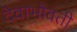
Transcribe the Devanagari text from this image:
देवाभोवती